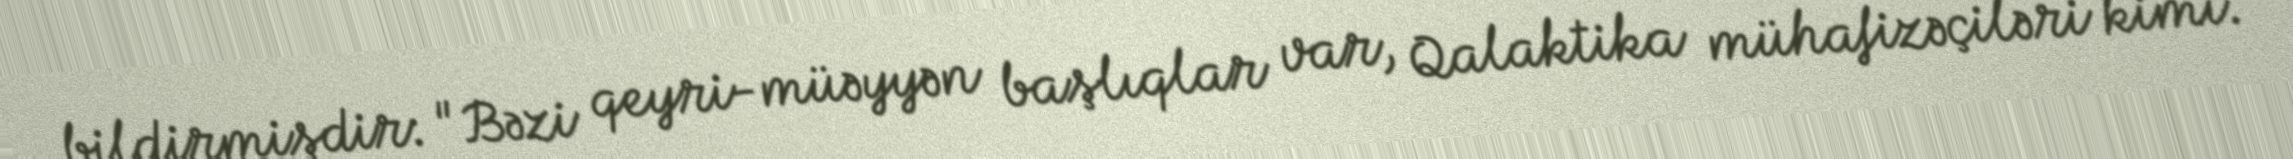
bildirmişdir: "Bəzi qeyri-müəyyən başlıqlar var, Qalaktika mühafizəçiləri kimi.